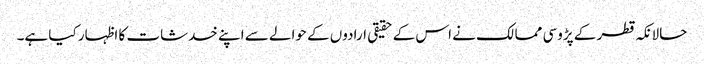
حالانکہ قطر کے پڑوسی ممالک نے اس کے حقیقی ارادوں کے حوالے سے اپنے خدشات کا اظہار کیا ہے۔